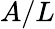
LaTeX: A/L